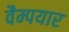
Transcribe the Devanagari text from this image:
वैम्पयार